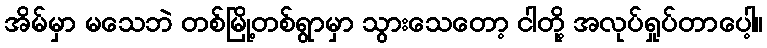
အိမ်မှာ မသေဘဲ တစ်မြို့တစ်ရွာမှာ သွားသေတော့ ငါတို့ အလုပ်ရှုပ်တာပေါ့။